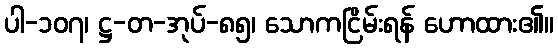
ပါ-၁၀၇၊ ဋ္ဌ-တ-အုပ်-၈၅၊ သောကငြိမ်းရန် ဟောထား၏။